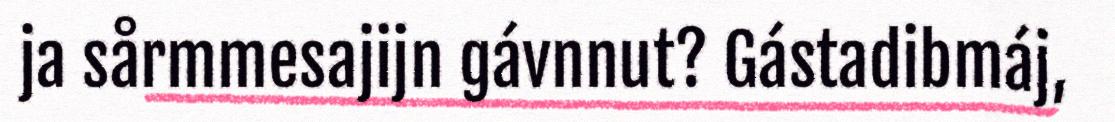
ja sårmmesajijn gávnnut? Gástadibmáj,